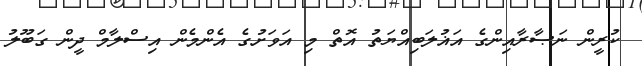
ކުރީން ނަޞާރާއިންގެ އަޣުލަބިއްޔަތު އޮތް މި އަވަށުގެ އެންމެން އިސްލާމް ދީން ގަބޫލު